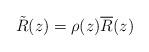
LaTeX: \begin{align*}\tilde R(z)=\rho(z)\overline R(z)\end{align*}